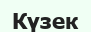
Күзек